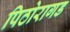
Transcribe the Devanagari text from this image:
पिठोरागड